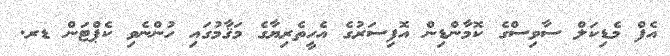
އެފް މެޑިކަލް ސާވިސްގެ ކޮމާންޑިން އޮފިސަރުގެ އެހީތެރިޔާގެ މަޤާމުގައި ހުންނެވި ކެޕްޓަން ޑރ.